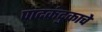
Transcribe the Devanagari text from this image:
पादकंदुकाचे